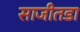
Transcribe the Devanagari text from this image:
साजीतडा